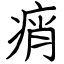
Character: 痟